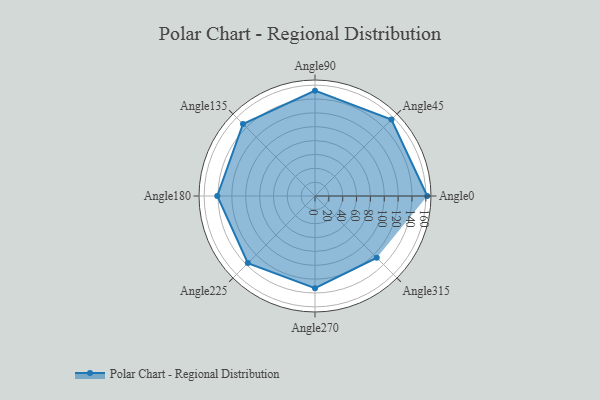
{"axis": {"x": "Angle", "y": "Radius"}, "legend": [""], "data": [{"x": "Angle0", "y": 162.0, "type": ""}, {"x": "Angle45", "y": 156.0, "type": ""}, {"x": "Angle90", "y": 152.0, "type": ""}, {"x": "Angle135", "y": 147.0, "type": ""}, {"x": "Angle180", "y": 141.0, "type": ""}, {"x": "Angle225", "y": 137.0, "type": ""}, {"x": "Angle270", "y": 133.0, "type": ""}, {"x": "Angle315", "y": 126.0, "type": ""}]}